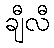
ချီလီ